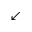
\swarrow